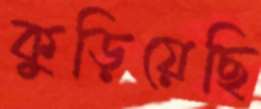
কুড়িয়েছি